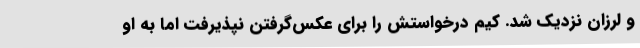
و لرزان نزدیک شد. کیم درخواستش را برای عکس‌گرفتن نپذیرفت اما به او